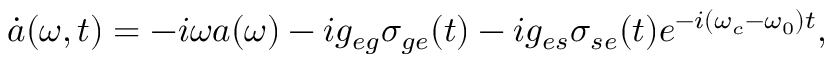
\dot { a } ( \omega , t ) = - i \omega a ( \omega ) - i g _ { e g } \sigma _ { g e } ( t ) - i g _ { e s } \sigma _ { s e } ( t ) e ^ { - i ( \omega _ { c } - \omega _ { 0 } ) t } ,